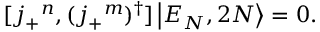
[ j _ { + } { } ^ { n } , ( j _ { + } { } ^ { m } ) ^ { \dagger } ] \left| { \cal E } _ { N } , 2 N \right\rangle = 0 .